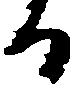
る